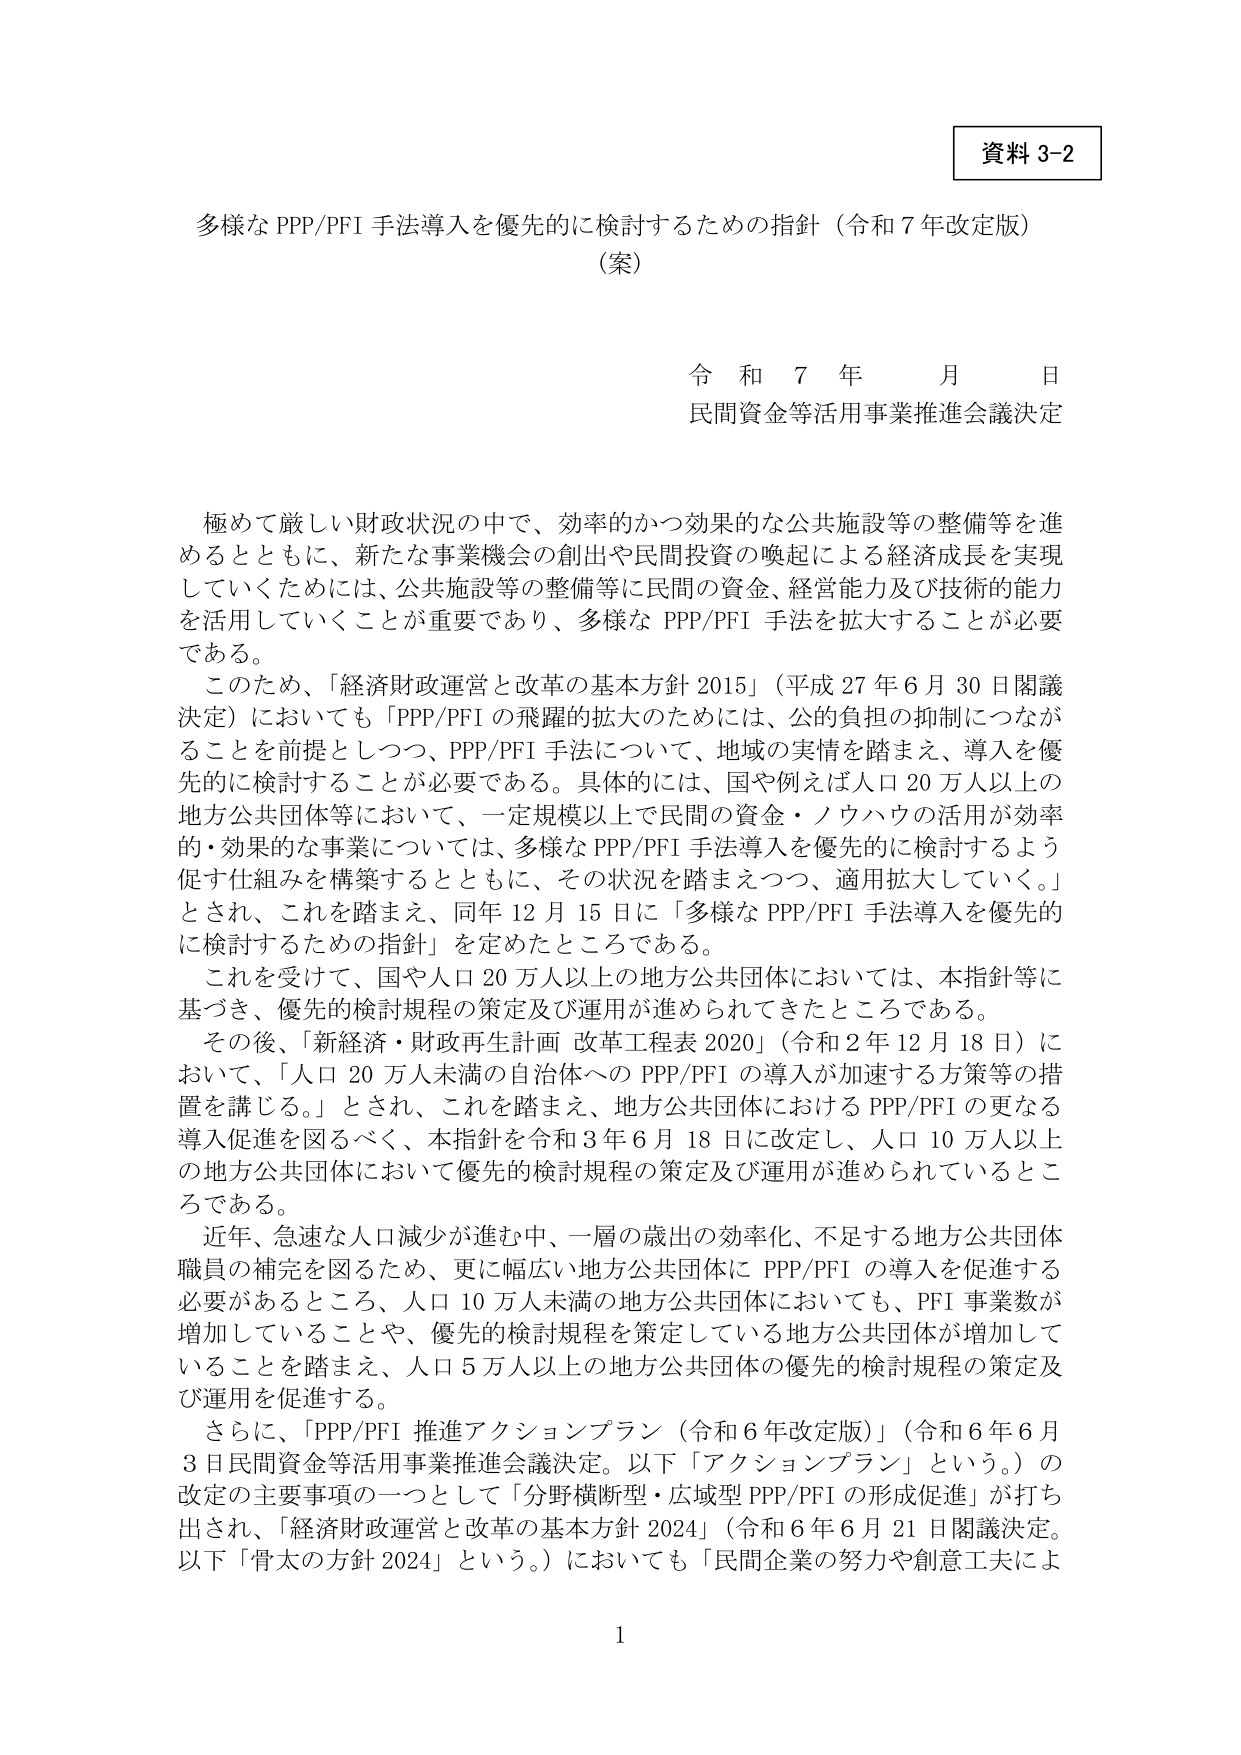
資料 3-2

多様な PPP/PFI 手法導入を優先的に検討するための指針（令和 7 年改定版）
（案）

令 和 7 年 月 日
民間資金等活用事業推進会議決定

極めて厳しい財政状況の中で、効率的かつ効果的な公共施設等の整備等を進
めるとともに、新たな事業機会の創出や民間投資の喚起による経済成長を実現
していくためには、公共施設等の整備等に民間の資金、経営能力及び技術的能力
を活用していくことが重要であり、多様な PPP/PFI 手法を拡大することが必要
である。

このため、「経済財政運営と改革の基本方針 2015」（平成 27 年 6 月 30 日閣議
決定）においても「PPP/PFI の飛躍的拡大のためには、公的負担の抑制につなが
ることを前提としつつ、PPP/PFI 手法について、地域の実情を踏まえ、導入を優
先的に検討することが必要である。具体的には、国や例えば人口 20 万人以上の
地方公共団体等において、一定規模以上で民間の資金・ノウハウの活用が効率
的・効果的な事業については、多様な PPP/PFI 手法導入を優先的に検討するよう
促す仕組みを構築するとともに、その状況を踏まえつつ、適用拡大していく。」
とされ、これを踏まえ、同年 12 月 15 日に「多様な PPP/PFI 手法導入を優先的
に検討するための指針」を定めたところである。

これを受けて、国や人口 20 万人以上の地方公共団体においては、本指針等に
基づき、優先的検討規程の策定及び運用が進められてきたところである。

その後、「新経済・財政再生計画 改革工程表 2020」（令和 2 年 12 月 18 日）に
おいて、「人口 20 万人未満の自治体への PPP/PFI の導入が加速する方策等の措
置を講じる。」とされ、これを踏まえ、地方公共団体における PPP/PFI の更なる
導入促進を図るべく、本指針を令和 3 年 6 月 18 日に改定し、人口 10 万人以上
の地方公共団体において優先的検討規程の策定及び運用が進められているとこ
ろである。

近年、急速な人口減少が進む中、一層の歳出の効率化、不足する地方公共団体
職員の補完を図るため、更に幅広い地方公共団体に PPP/PFI の導入を促進する
必要があるところ、人口 10 万人未満の地方公共団体においても、PFI 事業数が
増加していることや、優先的検討規程を策定している地方公共団体が増加して
いることを踏まえ、人口 5 万人以上の地方公共団体の優先的検討規程の策定及
び運用を促進する。

さらに、「PPP/PFI 推進アクションプラン（令和 6 年改定版）」（令和 6 年 6 月
3 日民間資金等活用事業推進会議決定。以下「アクションプラン」という。）の
改定の主要事項の一つとして「分野横断型・広域型 PPP/PFI の形成促進」が打ち
出され、「経済財政運営と改革の基本方針 2024」（令和 6 年 6 月 21 日閣議決定。
以下「骨太の方針 2024」という。）においても「民間企業の努力や創意工夫によ

1